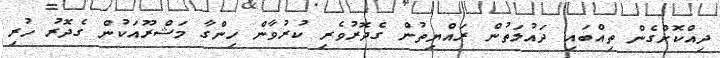
ދިއްކޮށްގެން ތިއްބައި ދައުލަތުން ރައްޔިތުން ގެދޮރުވެރި ކުރުވާން ހިންގާ މަޝްރޫއަކުން ގެދޮރު ހުރި